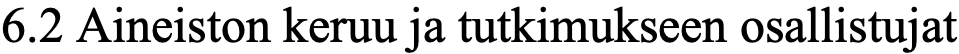
6.2 Aineiston keruu ja tutkimukseen osallistujat